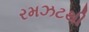
રમઝટથી